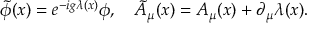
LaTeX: \tilde { \phi } ( x ) = e ^ { - i g \lambda ( x ) } \phi , \quad \tilde { A } _ { \mu } ( x ) = A _ { \mu } ( x ) + \partial _ { \mu } \lambda ( x ) .